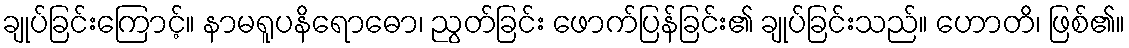
ချုပ်ခြင်းကြောင့်။ နာမရူပနိရောဓော၊ ညွတ်ခြင်း ဖောက်ပြန်ခြင်း၏ ချုပ်ခြင်းသည်။ ဟောတိ၊ ဖြစ်၏။